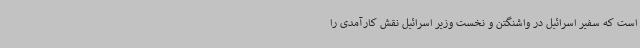
است که سفیر اسرائیل در واشنگتن و نخست وزیر اسرائیل نقش کارآمدی را